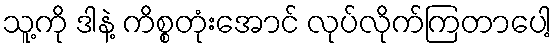
သူ့ကို ဒါနဲ့ ကိစ္စတုံးအောင် လုပ်လိုက်ကြတာပေါ့